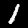
Label: 1